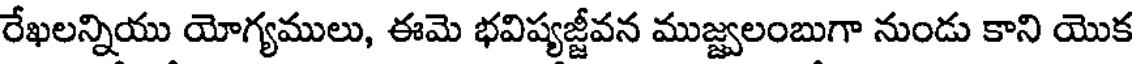
రేఖలన్నియు యోగ్యములు, ఈమె భవిష్యజ్జీవన ముజ్జ్వలంబుగా నుండు కాని యొక